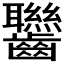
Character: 𪚀